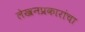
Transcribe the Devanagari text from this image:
लेखनप्रकारांचा